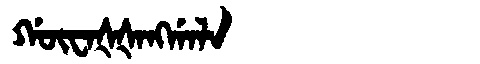
Manchu: ᡤᡡᠸᠠᡧᡧᠠᠩᡤᠠᠯᠠ
Romanization: GŪWAŠŠANGGALA